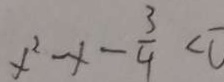
x ^ { 2 } - x - \frac { 3 } { 4 } < 0